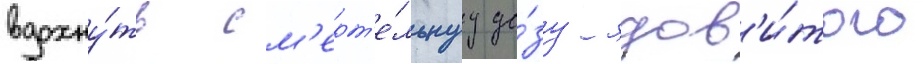
вдохну́ть см'ерт'е́льнуу до́зу ядов'и́того